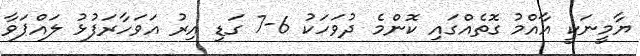
ޔާމީނަކީ އާއްމު ގޮތެއްގައި ކޮންމެ ދުވަހަކު 6-7 ގަޑި އިރު އަވަހާރަފުޅު ލައްޕަވާ